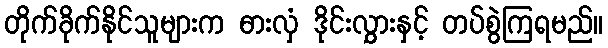
တိုက်ခိုက်နိုင်သူများက ဓားလှံ ဒိုင်းလွှားနှင့် တပ်စွဲကြရမည်။